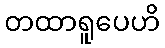
တထာရူပေဟိ